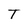
Character: T